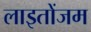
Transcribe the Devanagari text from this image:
लाइतोंजम